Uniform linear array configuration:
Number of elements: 32
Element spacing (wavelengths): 0.75
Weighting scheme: hamming
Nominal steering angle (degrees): -30
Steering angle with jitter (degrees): -28.242
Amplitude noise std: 0.05
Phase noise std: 0.05

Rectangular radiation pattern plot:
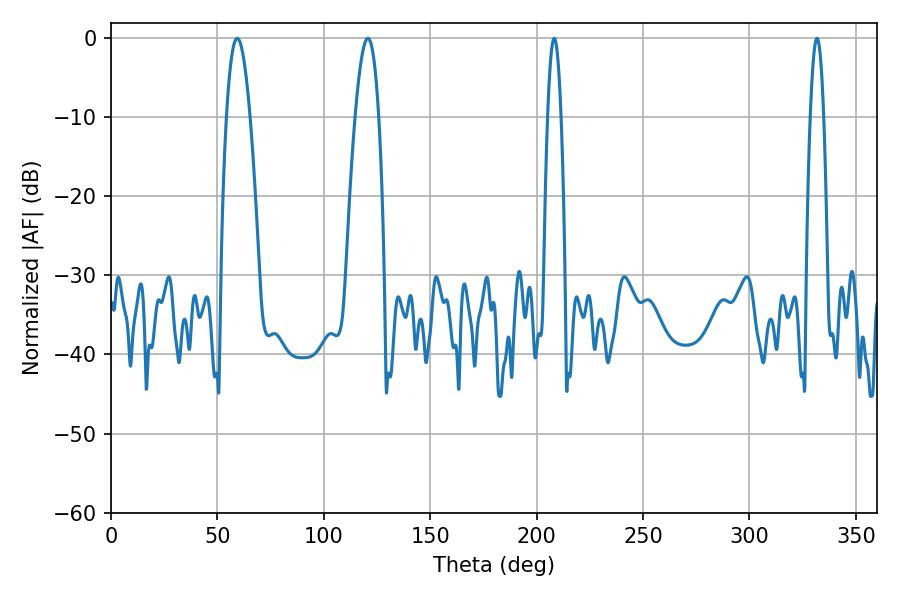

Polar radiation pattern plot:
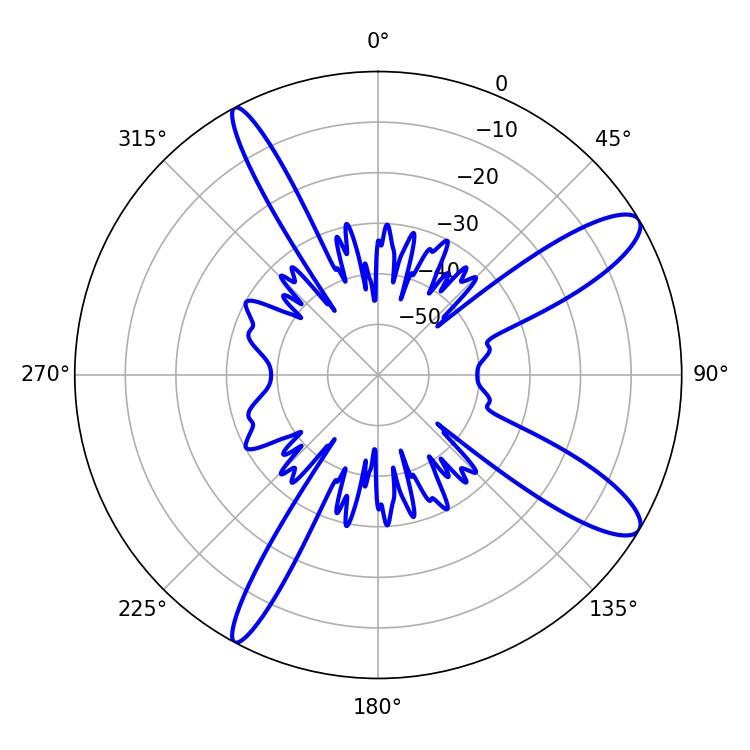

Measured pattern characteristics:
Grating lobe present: TRUE
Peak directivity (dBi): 11.702
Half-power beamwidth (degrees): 3.42
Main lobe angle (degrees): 208.26